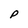
Character: P